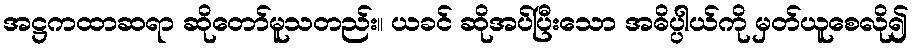
အဋ္ဌကထာဆရာ ဆိုတော်မူသတည်း။ ယခင် ဆိုအပ်ပြီးသော အဓိပ္ပါယ်ကို မှတ်ယူစေလို၍